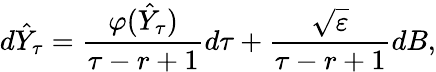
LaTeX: d\hat{Y}_{\tau}=\frac{\varphi(\hat{Y}_{\tau})}{\tau-r+1}d\tau+\frac{\sqrt{\varepsilon}}{\tau-r+1}dB,